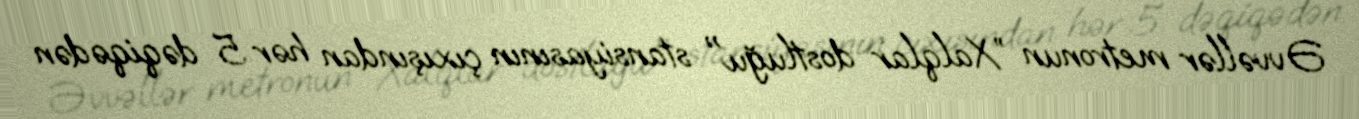
Əvvəllər metronun ”Xalqlar dostluğu" stansiyasının çıxışından hər 5 dəqiqədən